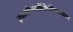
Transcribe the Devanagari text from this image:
खगोलभौतिकीमधील